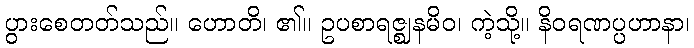
ပွားစေတတ်သည်။ ဟောတိ၊ ၏။ ဥပစာရဇ္ဈနမိဝ၊ ကဲ့သို့။ နိဝရဏပ္ပဟာနာ၊